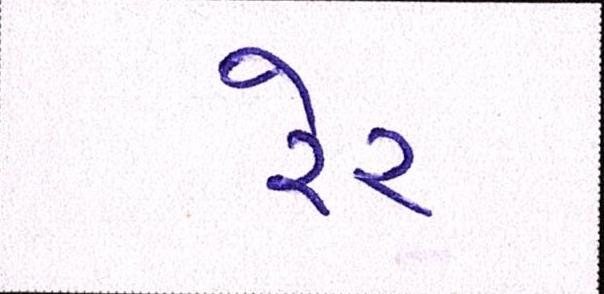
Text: રેર